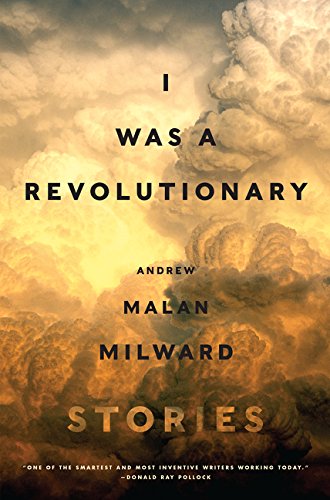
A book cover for I Was a Revolutionary: Stories; Andrew Malan Milward; Literature & Fiction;